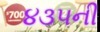
૪૩૫ની